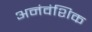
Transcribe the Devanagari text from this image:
अनंवंशिक